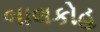
બાલકોહ